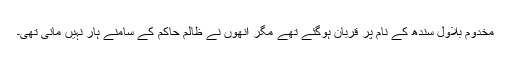
مخدوم بلاول سندھ کے نام پر قربان ہوگئے تھے مگر انھوں نے ظالم حاکم کے سامنے ہار نہیں مانی تھی۔